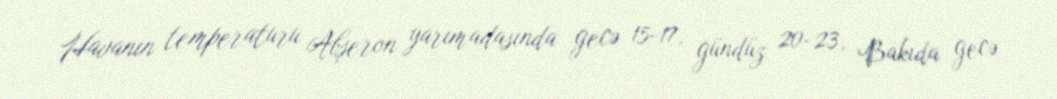
Havanın temperaturu Abşeron yarımadasında gecə 15-17, gündüz 20-23, Bakıda gecə